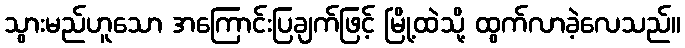
သွားမည်ဟူသော အကြောင်းပြချက်ဖြင့် မြို့ထဲသို့ ထွက်လာခဲ့လေသည်။